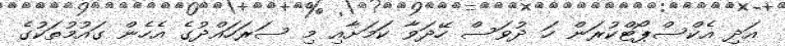
އަދި އެކްސްޕޯޓްކުރަން ހަ ދުވަސް ހޭދަވާ ކަމަށާއި މި ސަރަހައްދުގެ އެހެން ގައުމުތަކުގެ